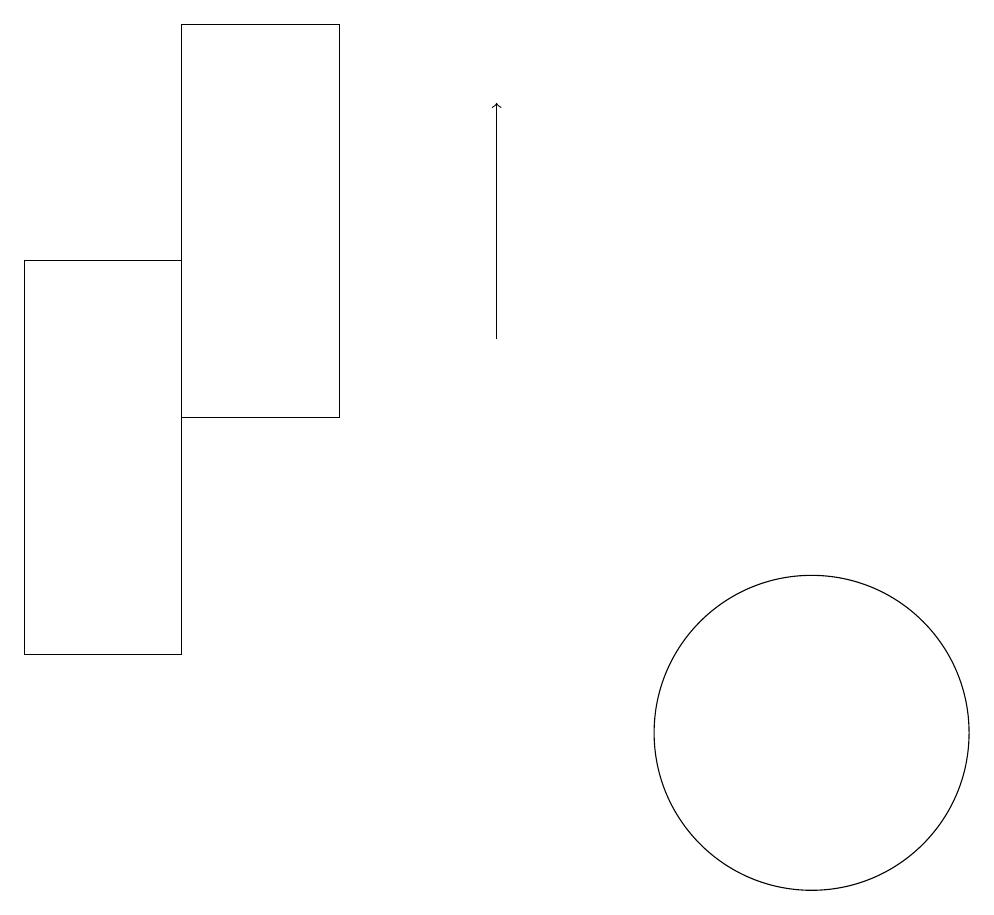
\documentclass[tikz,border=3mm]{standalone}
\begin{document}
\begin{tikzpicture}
\draw (6,14) rectangle (4,19);
\draw[->] (8,15) -- (8,18);
\draw (2,16) rectangle (4,11);
\draw (12,10) circle (2);
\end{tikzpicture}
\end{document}